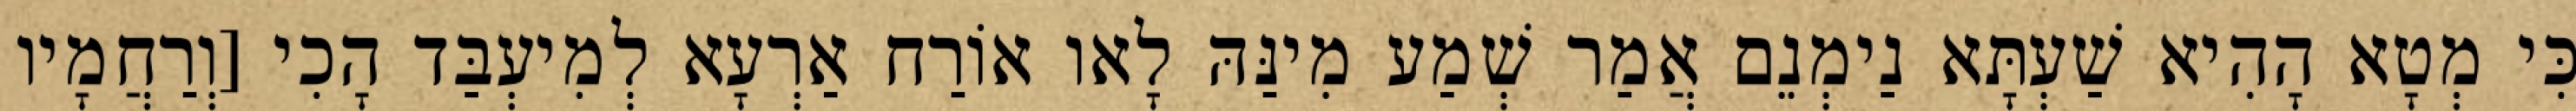
כִּי מְטָא הָהִיא שַׁעְתָּא נַימְנֵם אֲמַר שְׁמַע מִינַּהּ לָאו אוֹרַח אַרְעָא לְמִיעְבַּד הָכִי [וְרַחֲמָיו